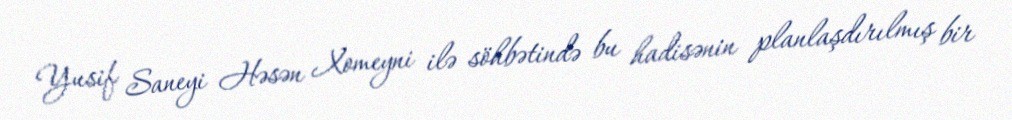
Yusif Saneyi Həsən Xomeyni ilə söhbətində bu hadisənin planlaşdırılmış bir